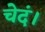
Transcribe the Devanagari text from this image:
चेदं।